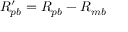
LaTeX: R _ { p b } ^ { \prime } = R _ { p b } - R _ { m b }